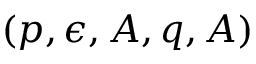
( p , \epsilon , A , q , A )